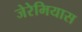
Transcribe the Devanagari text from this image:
जेरेमियास